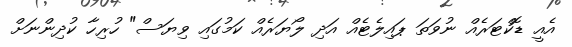
އެއީ ޑޮކްޓަރެއް ނުވަތަ ޕައިލެޓެއް އަދި ލޯޔަރެއް ކަމުގައި ވިޔަސް" ހުރިހާ ކުދިންނަށް